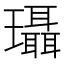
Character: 𰢚